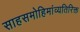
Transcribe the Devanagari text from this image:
साहसमोहिमांव्यतिरिक्त